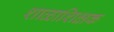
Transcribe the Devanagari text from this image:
शाळाशिक्षक